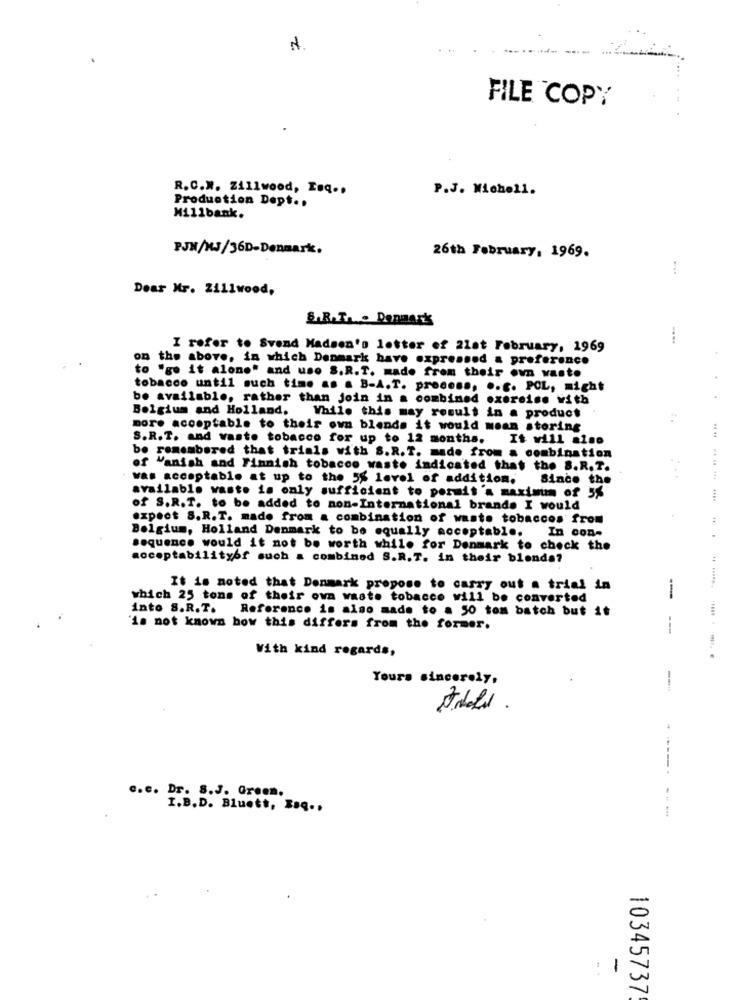
2
FILE COPY
R.C.M. Zillwood, Enq .,
P.J. Michell.
Production Dept. .
Millbank.
PJN/MJ/36D-Denmark.
26th February, 1969.
:
Dear Mr. Zi11wood,
S.R.T. . Dennark
I refer to Svend Madsen's letter of 21at February, 1969
on the above, in which Denmark have expressed & preference
to "ge it alone" and uso S.R.T. made from their own wasto
tobacco until such time as . B-A.T. process, .. C. POL, might
be available, rather than join in a combined exercise with
Bolgium and Holland. While this may result in a product
more acceptable to their own blends it would mean storing
S.R.T. and waste tobacco for up to 12 months.
It will also
be remembered that trials with S.R.T. made from a combination
of Vanish and Finnish tobacco waste indicated that the S.R.T.
was acceptable at up to the 5% level of addition,
Since the
available waste is only sufficient to permit a maximum of 5%
of S.R.T. to be added to non-International brands I would
expect S.R.T. made from a combination of waste tobaccos from
Belgium, Holland Danmark to be equally acceptable.
In con-
sequence would it not be worth while for Denmark to check the
acceptabilityof such a combined S.R.T. in their blenda?
:
It is noted that Denmark propose to carry out a trial in
which 25 tons of their own waste tobacco will be converted
--
into S.R.T. Reference is also made to a 50 tom batch but it
'is not known how this differs from the former.
With kind regards,
Yours sincerely,
Antall.
c.e. Dr. S.J. Green.
I.B.D. Bluett, Esq ..
---
1
10345737